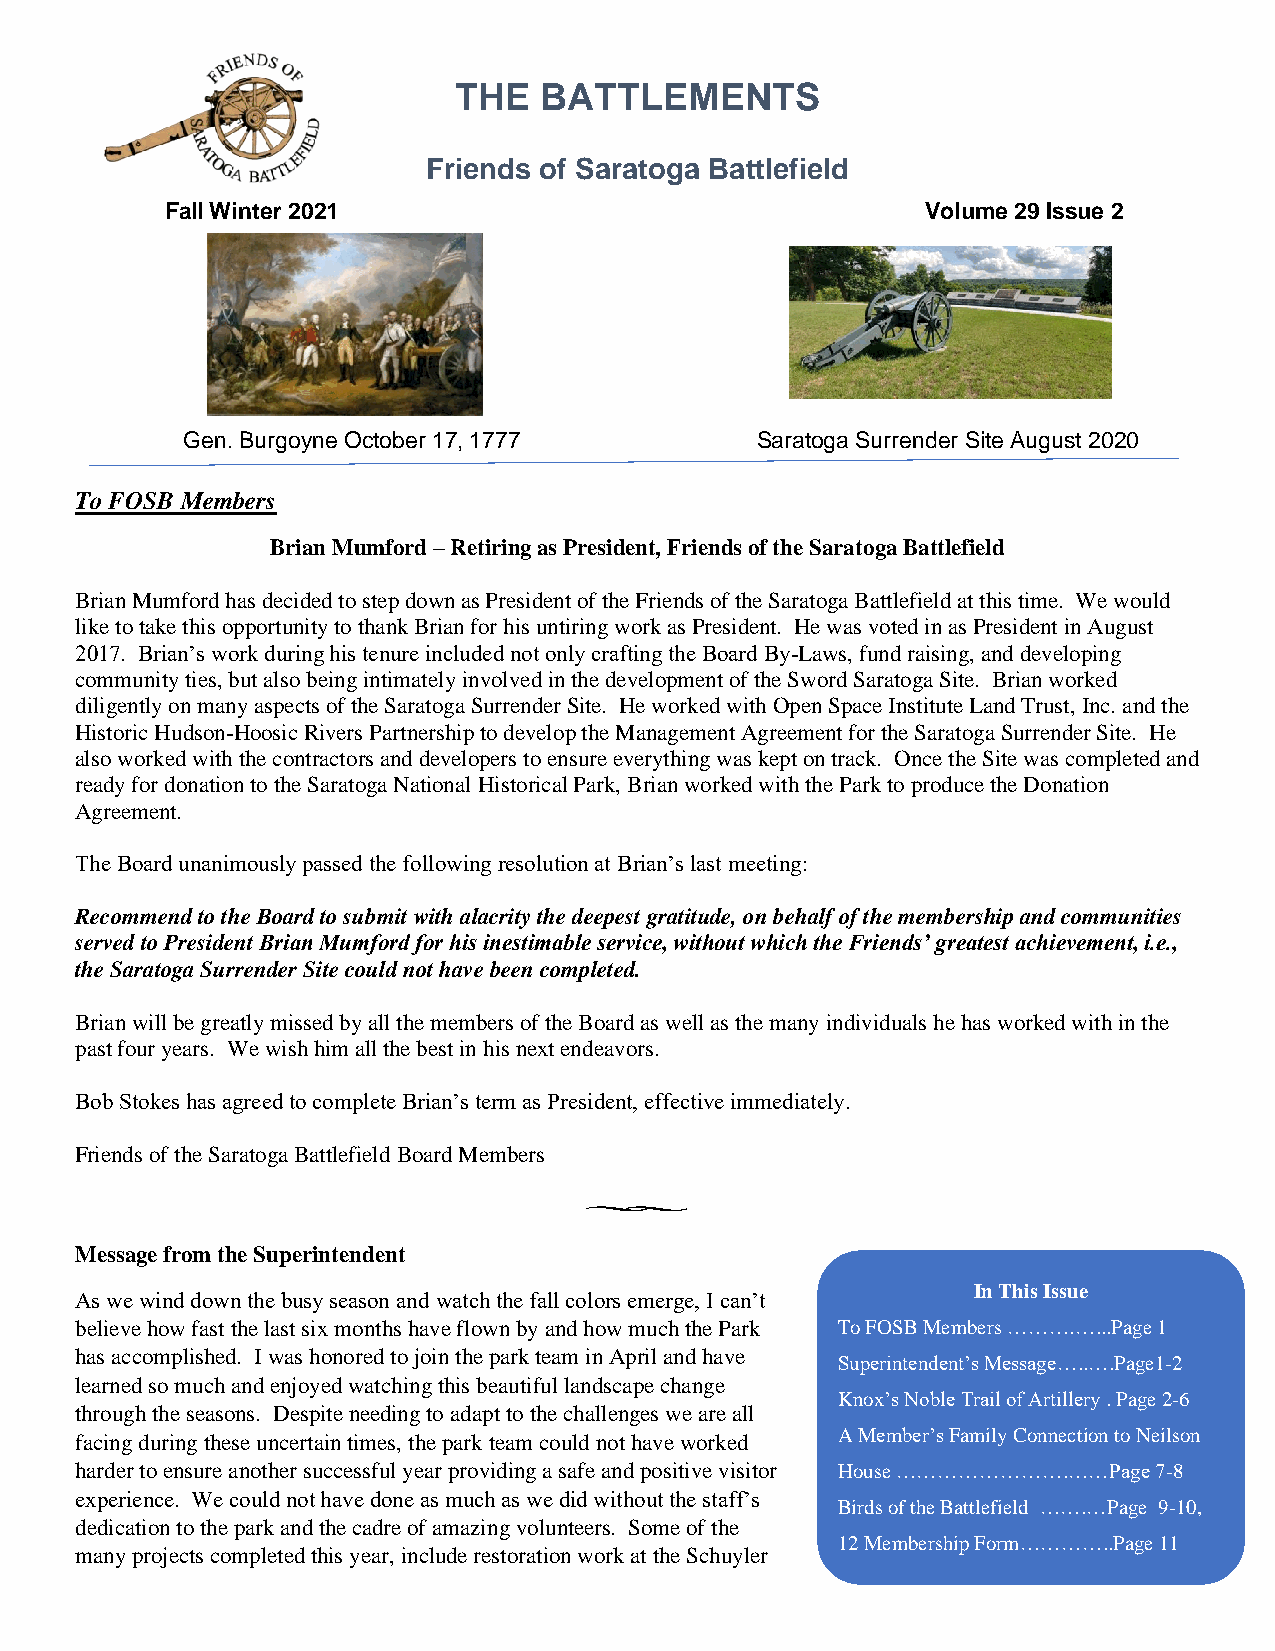
THE   BATTLEMENTS
 Friends of Saratoga Battlefield
 Fall Winter 2021                                  Volume 29 Issue 2
 Gen. Burgoyne October 17, 1777        Saratoga Surrender Site August 2020
 To FOSB Members
 Brian Mumford – Retiring as President, Friends of the Saratoga Battlefield
 Brian Mumford has decided to step down as President of the Friends of the Saratoga Battlefield at this time. We would
 like to take this opportunity to thank Brian for his untiring work as President. He was voted in as President in August
 2017. Brian’s work during his tenure included not only crafting the Board By-Laws, fund raising, and developing
 community ties, but also being intimately involved in the development of the Sword Saratoga Site. Brian worked
 diligently on many aspects of the Saratoga Surrender Site. He worked with Open Space Institute Land Trust, Inc. and the
 Historic Hudson-Hoosic Rivers Partnership to develop the Management Agreement for the Saratoga Surrender Site. He
 also worked with the contractors and developers to ensure everything was kept on track. Once the Site was completed and
 ready for donation to the Saratoga National Historical Park, Brian worked with the Park to produce the Donation
 Agreement.
 The Board unanimously passed the following resolution at Brian’s last meeting:
 Recommend to the Board to submit with alacrity the deepest gratitude, on behalf of the membership and communities
 served to President Brian Mumford for his inestimable service, without which the Friends’ greatest achievement, i.e.,
 the Saratoga Surrender Site could not have been completed.
 Brian will be greatly missed by all the members of the Board as well as the many individuals he has worked with in the
 past four years. We wish him all the best in his next endeavors.
 Bob Stokes has agreed to complete Brian’s term as President, effective immediately.
 Friends of the Saratoga Battlefield Board Members
 Message from the Superintendent
 In This Issue
 As we wind down the busy season and watch the fall colors emerge, I can’t
 believe how fast the last six months have flown by and how much the Park To FOSB Members ……….…...Page 1
 has accomplished. I was honored to join the park team in April and have
 Superintendent’s Message…..….Page1-2
 learned so much and enjoyed watching this beautiful landscape change
 Knox’s Noble Trail of Artillery . Page 2-6
 through the seasons. Despite needing to adapt to the challenges we are all
 facing during these uncertain times, the park team could not have worked A Member’s Family Connection to Neilson
 harder to ensure another successful year providing a safe and positive visitor House …………………….……Page 7-8
 experience. We could not have done as much as we did without the staff’s
 Birds of the Battlefield …….…Page 9-10,
 dedication to the park and the cadre of amazing volunteers. Some of the
 12 Membership Form…………..Page 11
 many projects completed this year, include restoration work at the Schuyler